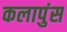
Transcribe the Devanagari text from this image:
कलापुंस